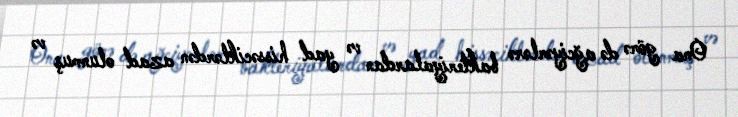
Ona görə də ağciyərlərə bakteriyalardan və yad hissəciklərdən azad olunmuş və